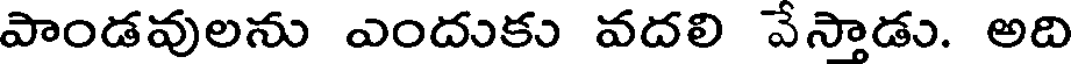
పాండవులను ఎందుకు వదలి వేస్తాడు. అది